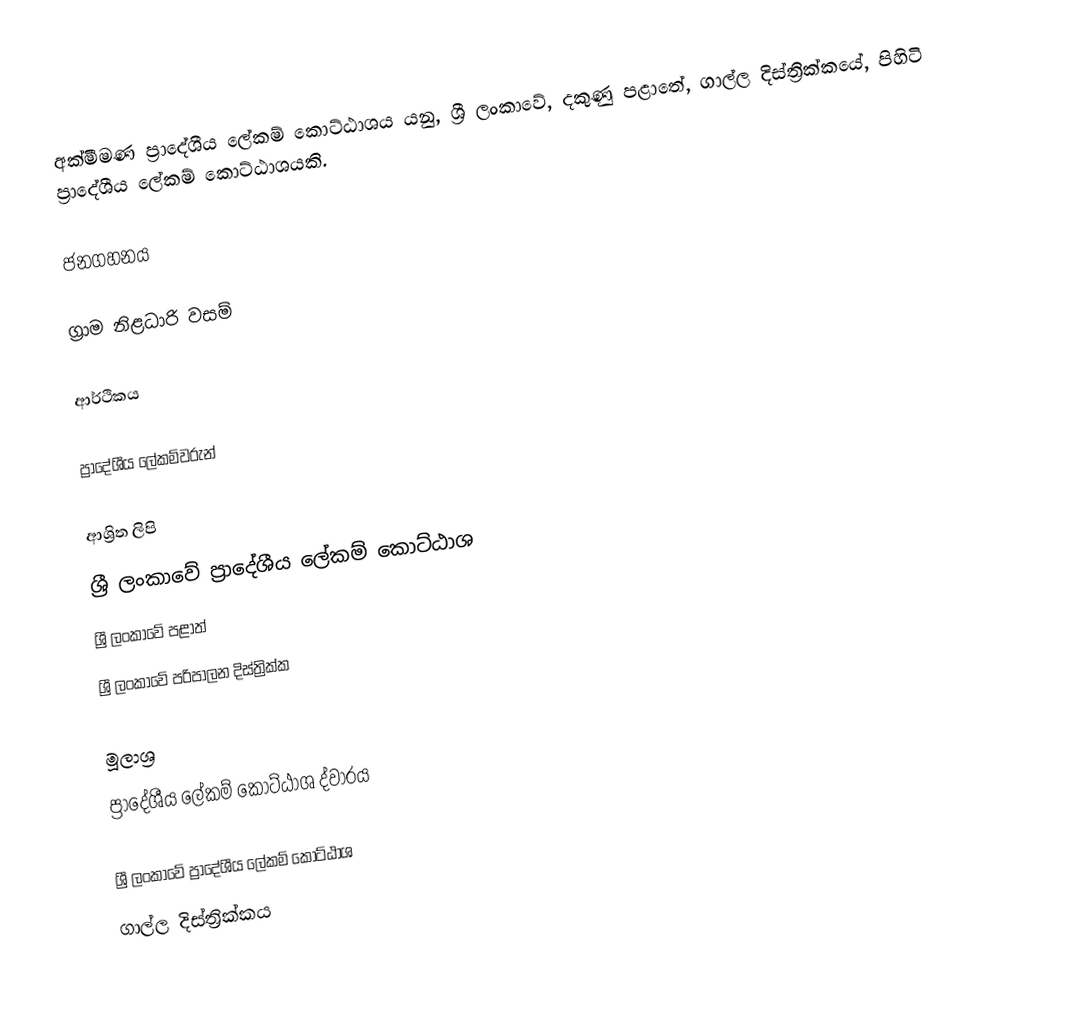
අක්මීමණ ප්‍රාදේශීය ලේකම් කොට්ඨාශය යනු,  ශ්‍රී ලංකාවේ, දකුණු පළාතේ,   ගාල්ල දිස්ත්‍රික්කයේ, පිහිටි ප්‍රාදේශීය ලේකම් කොට්ඨාශයකි.

ජනගහනය

ග්‍රාම නිළධාරි වසම්

ආර්ථිකය

ප්‍රාදේශීය ලේකම්වරුන්

ආශ්‍රිත ලිපි
ශ්‍රී ලංකාවේ ප්‍රාදේශීය ලේකම් කොට්ඨාශ
ශ්‍රී ලංකාවේ පළාත්
ශ්‍රී ලංකාවේ පරිපාලන දිස්ත්‍රික්ක

මූලාශ්‍ර
 ප්‍රාදේශීය ලේකම් කොට්ඨාශ ද්වාරය

ශ්‍රී ලංකාවේ ප්‍රාදේශීය ලේකම් කොට්ඨාශ
ගාල්ල දිස්ත්‍රික්කය